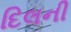
દિલની